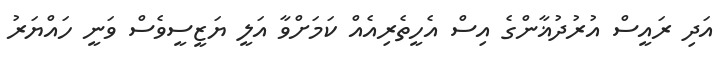
އަދި ރައީސް އުރުދުޣާންގެ އިސް އެހީތެރިއެއް ކަމަށްވާ އަލީ ޔަޒީސީވެސް ވަނީ ހައްޔަރު